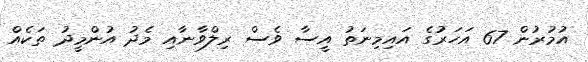
އުމުރުން 67 އަހަރުގެ އައިމިނަތު އީސާ ވެސް ރިލްވާނާއި މެދު އުންމީދު ތަކެއް